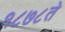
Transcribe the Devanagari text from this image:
१८७८ते